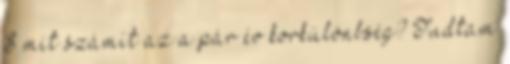
S mit számít az a pár év korkülönbség? Tudtam